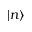
| n \rangle